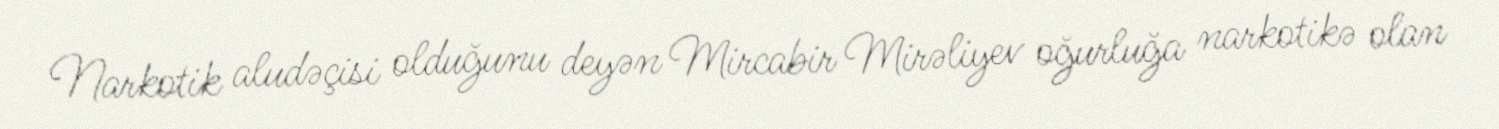
Narkotik aludəçisi olduğunu deyən Mircabir Mirəliyev oğurluğa narkotikə olan